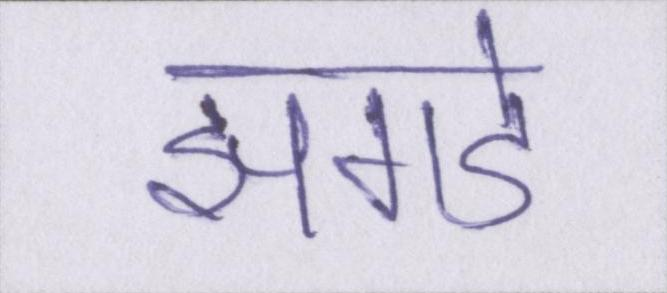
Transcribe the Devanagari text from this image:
झगडे